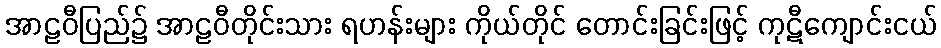
အာဠဝီပြည်၌ အာဠဝီတိုင်းသား ရဟန်းများ ကိုယ်တိုင် တောင်းခြင်းဖြင့် ကုဋီကျောင်းငယ်